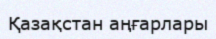
Қазақстан аңғарлары